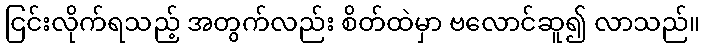
ငြင်းလိုက်ရသည့် အတွက်လည်း စိတ်ထဲမှာ ဗလောင်ဆူ၍ လာသည်။